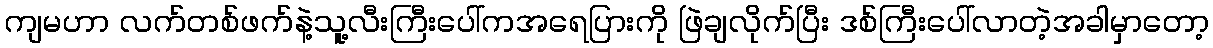
ကျမဟာ လက်တစ်ဖက်နဲ့သူ့လီးကြီးပေါ်ကအရေပြားကို ဖြဲချလိုက်ပြီး ဒစ်ကြီးပေါ်လာတဲ့အခါမှာတော့